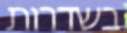
בשדרות